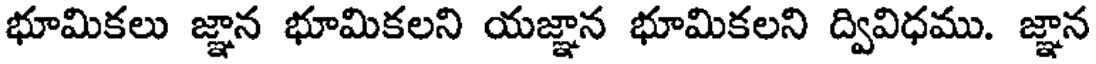
భూమికలు జ్ఞాన భూమికలని యజ్ఞాన భూమికలని ద్వివిధము. జ్ఞాన